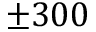
\pm 3 0 0